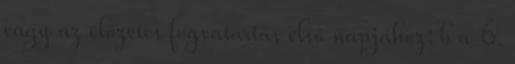
vagy az előzetes fogvatartás első napjához; b a 6.